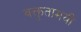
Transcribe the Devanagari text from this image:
वक्तृतामयी